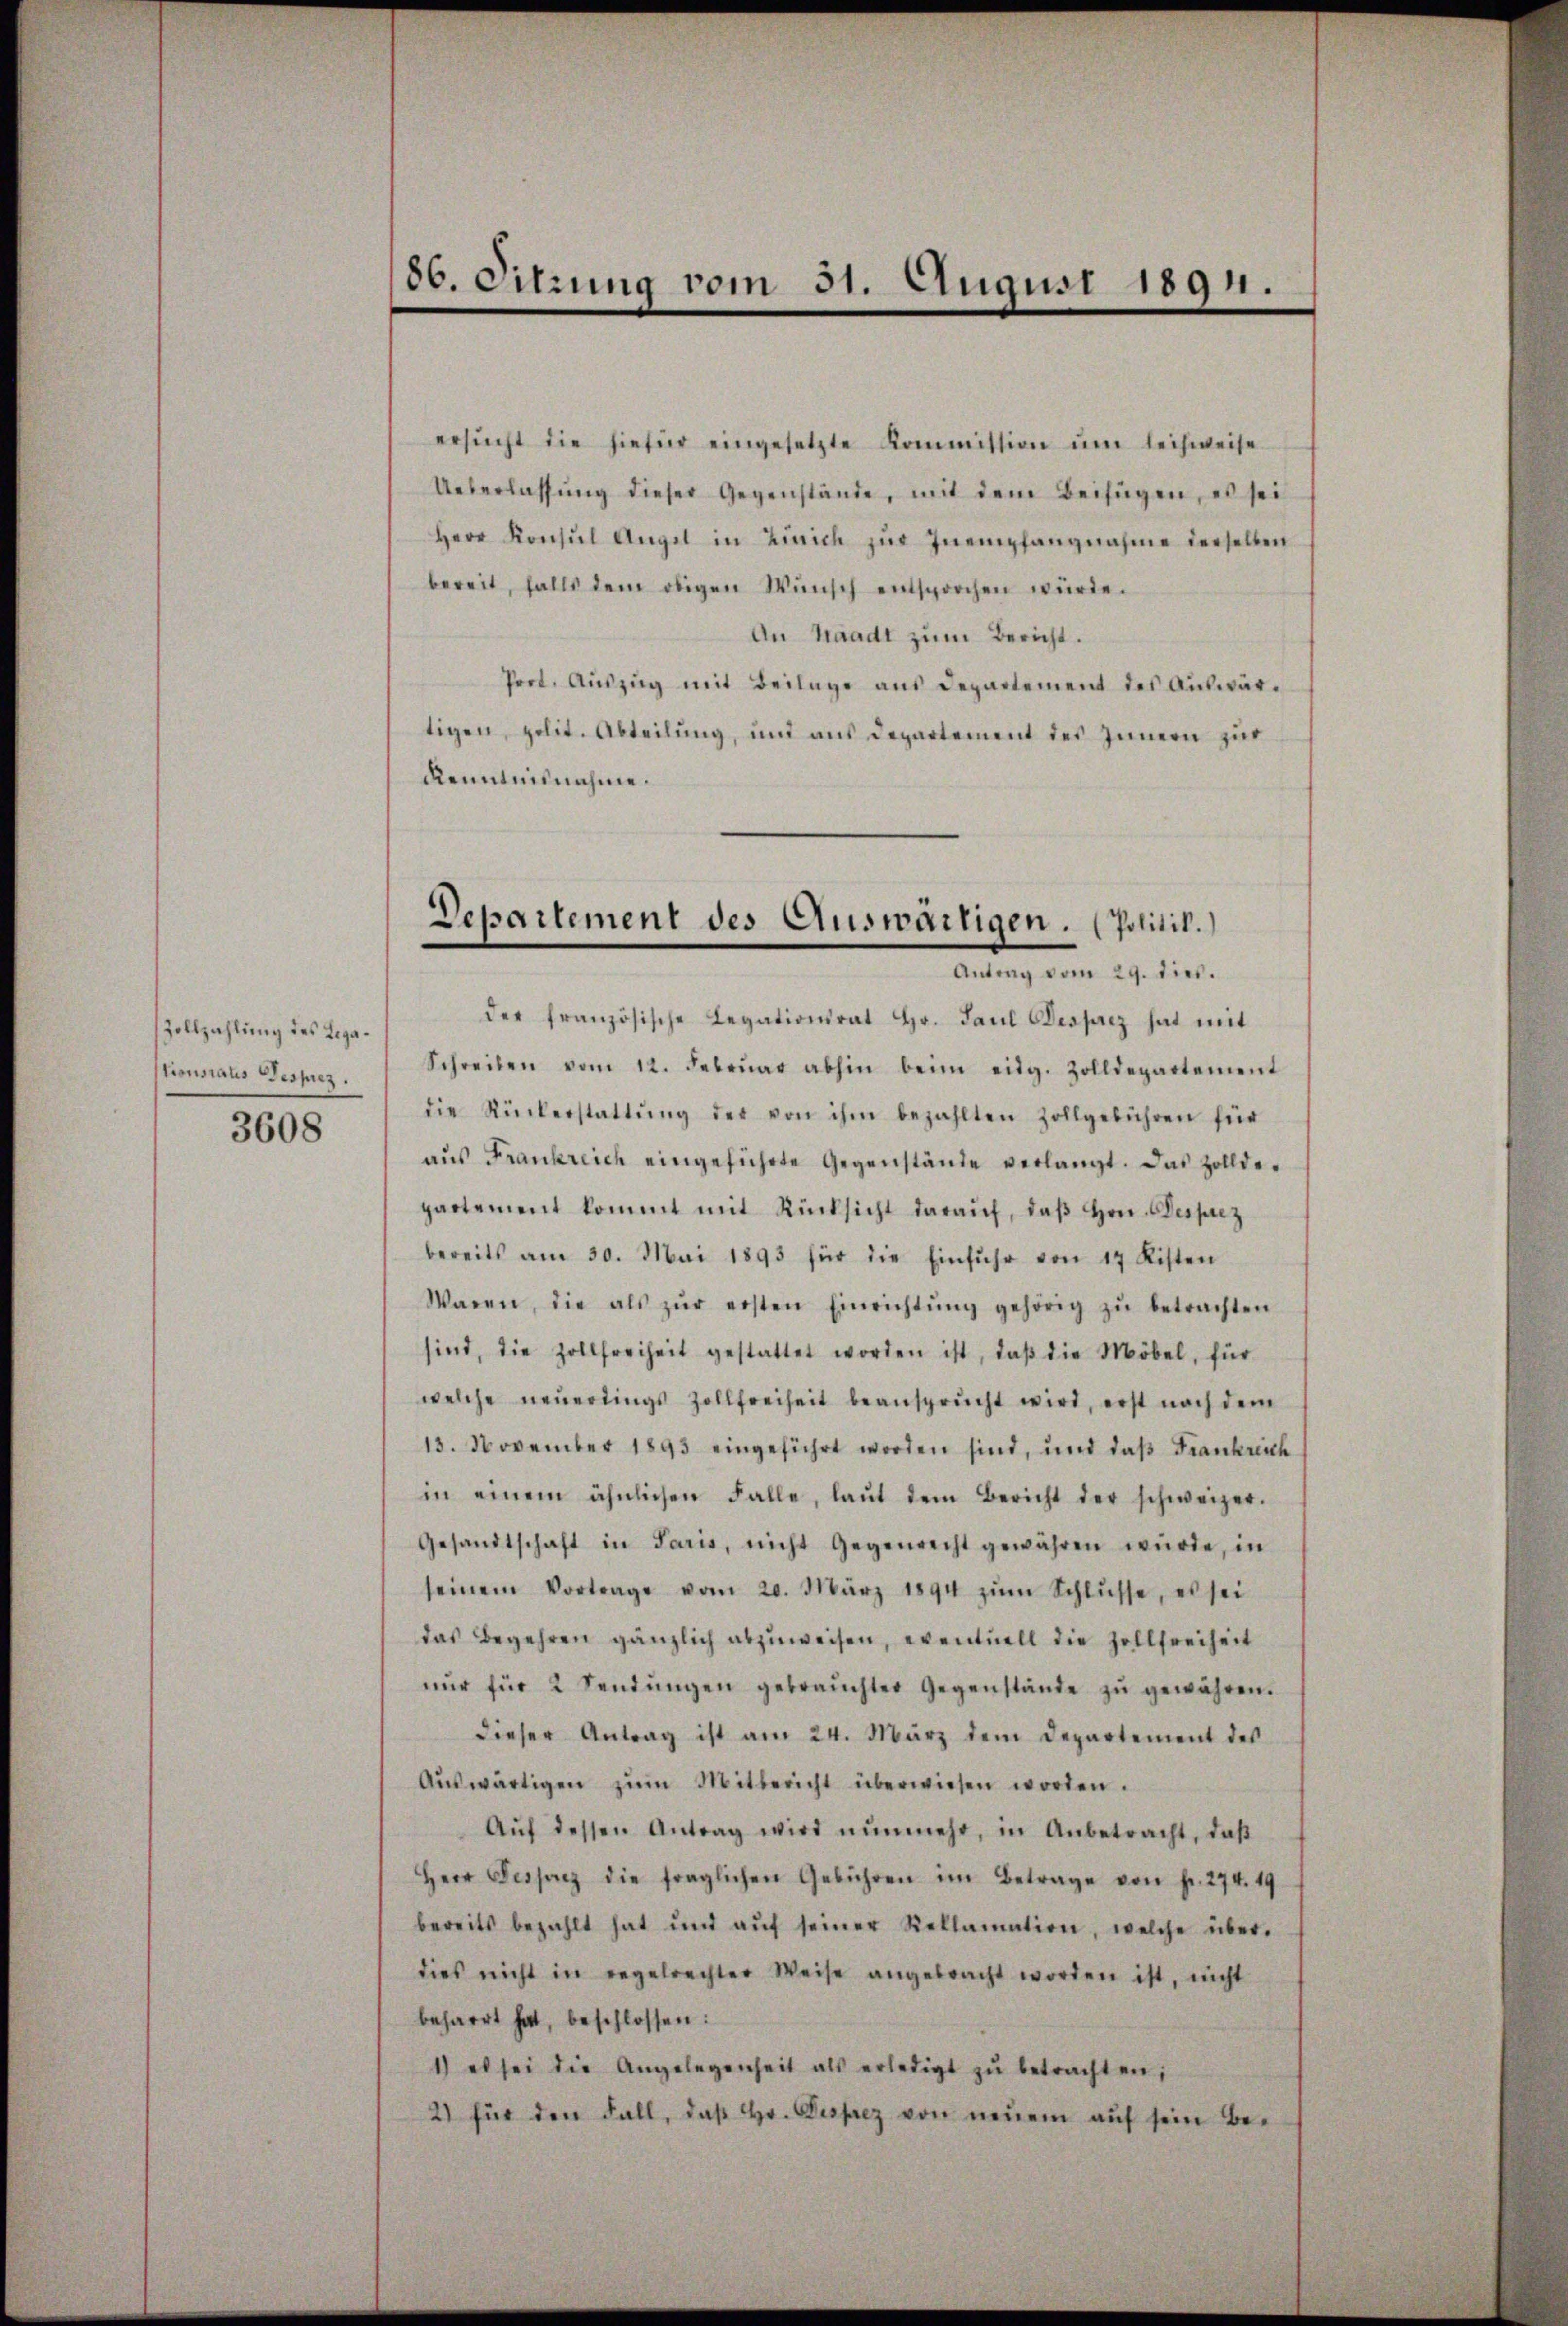
Zollzahlung des Lega¬
3608

86. Sitzung vom 31. August 1891.

ersŭcht die hiefür eingesetzte Kommission ŭm leihweise
Ueberlassŭng dieser Gegenstände, mit dem Beifügen, es sei
Herr Konsŭl Angel in Zürich zŭr Inempfangnahme derselben
bereit, falls dem obigen Wŭnsch entsprochen würde.
An Waadt zum Bericht.
Prot. Auszug mit Beilage aus Departement des Auswärtigen, polit. Abteilung, und aus Departement des Innern zur
Renntnisnahme.

Departement des Auswärtigen. (Politik.
Antrag vom 29. dies.

der französische Legationsrat Hr. Paul Dessatz hat mit
tionsrates Gesprez. Schreiben vom 12. Febrŭar abhin beim eidg. Zolldepartement
die Rückerstattŭng der von ihm bezahlten Zollgebühren für
aŭs Frankreich eingeführte Gegenstände verlangt. Das Zollde-
partement kommt mit Rücksicht daraŭf, daβ hrn. Besprez
bereits am 30. Mai 1893 für die Einfuhr von 17 Kisten
Waren, die als zŭr ersten Einrichtŭng gehörig zŭ betrachten
sind, die Zollfreiheit gestattet worden ist, daβ die Möbel, für
welche neŭerdings Zollfreiheit beansprŭcht wird, erst nach dem
15. November 1893 eingeführt worden sind, und daß Frankreich
in einem ähnlichen Falle, laŭt dem Bericht der schweizer.
Gesandtschaft in Paris, nicht Gegenrecht gewähren würde, in
seinem Vortrage vom 20. März 1894 zŭm Schlŭsse, es sei
das Begehren gänzlich abzuweisen, eventuell die Zollfreiheit
nŭr für 2 Sendŭngen gebrauchter Gegenstände zŭ gewähren.
dieser Antrag ist am 24. März dem Departement des
Aŭswärtigen zŭm Mitbericht überwiesen worden.
Aŭf dessen Antrag wird nŭnmehr, in Anbetracht, daβ
Herr Fesserz die fraglichen Gebühren im Betrage von Fr. 274. 49
bereits bezahlt hat und aŭf seiner Reklamation, welche über-
dies nicht in regelrechter Weise angebracht worden ist, nicht
beharrt hat, beschlossen:
1) es sei die Angelegenheit als erledigt zŭ betrachten;
2) für den Fall, daβ hr. Desprez von neuem aŭf sein Be-